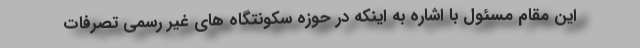
این مقام مسئول با اشاره به اینکه در حوزه سکونتگاه های غیر رسمی تصرفات